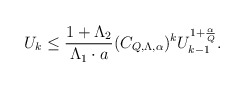
\begin{align*} \begin{aligned} U_k\leq \frac{1+\Lambda_2}{\Lambda_1 \cdot a}(C_{Q,\Lambda,\alpha})^kU_{k-1}^{1+\frac{\alpha}{Q}}. \\ \end{aligned} \end{align*}